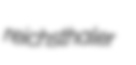
reichsthaler